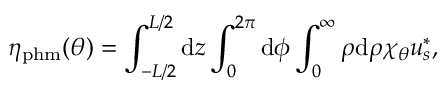
\eta _ { \mathrm { p h m } } ( \theta ) = \int _ { - L / 2 } ^ { L / 2 } \mathrm { d } z \int _ { 0 } ^ { 2 \pi } \mathrm { d } \phi \int _ { 0 } ^ { \infty } \rho \mathrm { d } \rho \chi _ { \theta } u _ { s } ^ { * } ,